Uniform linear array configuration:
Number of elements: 12
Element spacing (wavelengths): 0.75
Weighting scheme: hann
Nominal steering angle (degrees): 45
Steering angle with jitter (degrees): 46.578
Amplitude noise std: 0.05
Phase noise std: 0.05

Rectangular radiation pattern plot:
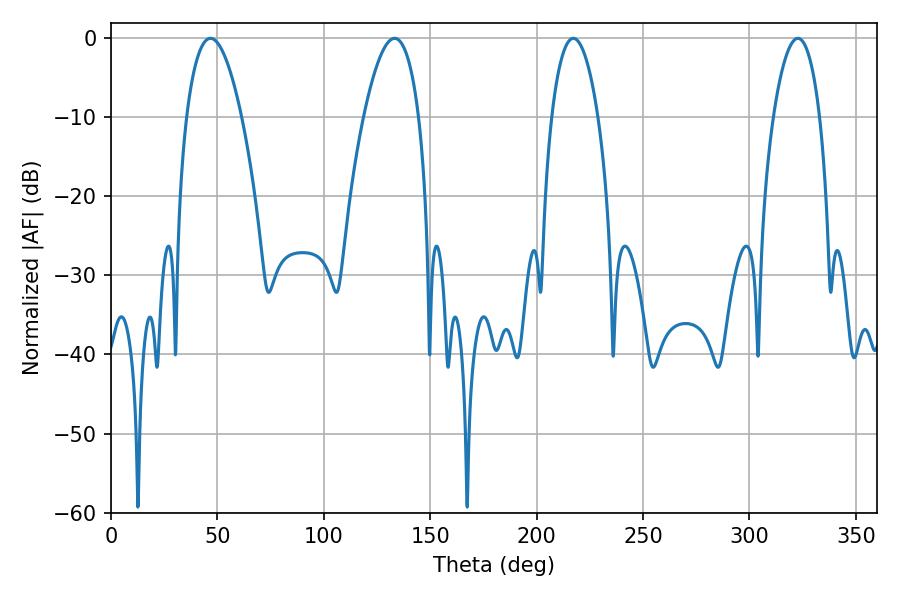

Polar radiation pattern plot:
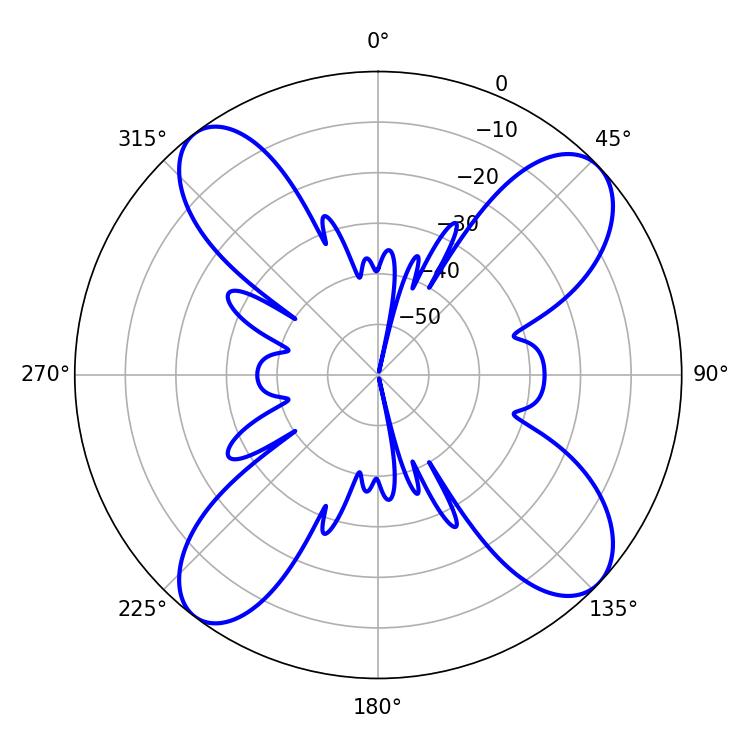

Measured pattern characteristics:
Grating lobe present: TRUE
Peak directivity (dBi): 12.28
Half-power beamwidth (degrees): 12.24
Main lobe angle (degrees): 217.26